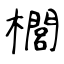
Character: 櫚